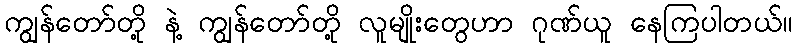
ကျွန်တော်တို့ နဲ့ ကျွန်တော်တို့ လူမျိုးတွေဟာ ဂုဏ်ယူ နေကြပါတယ်။